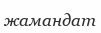
жамандат